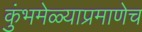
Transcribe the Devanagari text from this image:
कुंभमेळ्याप्रमाणेच